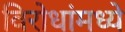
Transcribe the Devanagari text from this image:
विरोधांमध्ये